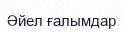
Әйел ғалымдар